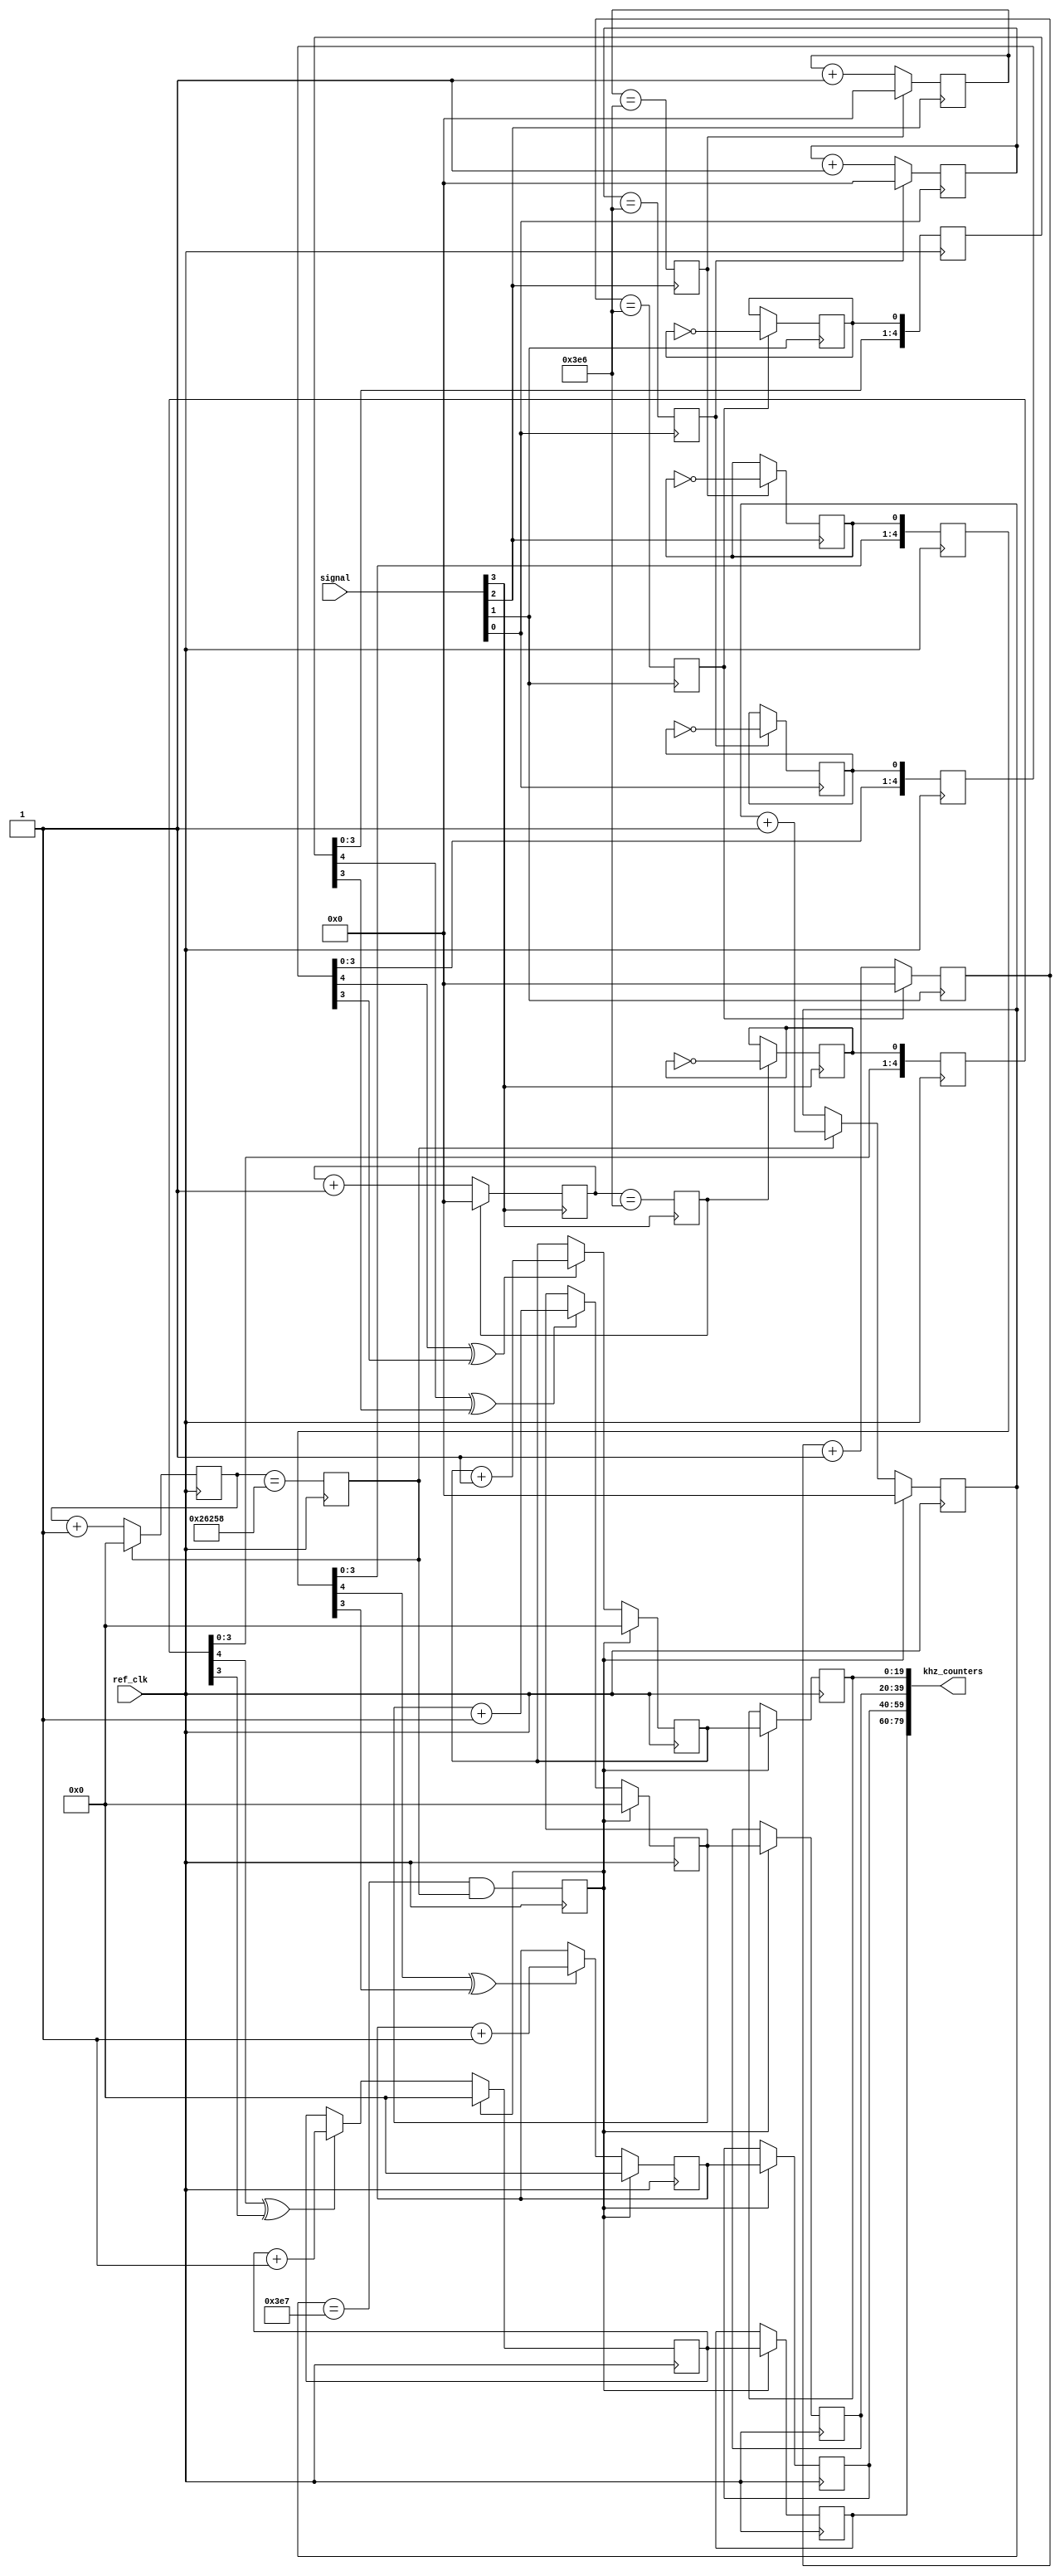
module frequency_monitor #(
	parameter NUM_SIGNALS = 4,
	parameter REF_KHZ = 20'd156250
)
(
	input [NUM_SIGNALS-1:0] signal,
	input ref_clk,
	output [20*NUM_SIGNALS-1:0] khz_counters
);

// Divide reference clock to make a 1 KHz pulse
reg [19:0] ref_cntr = 0;
reg ref_cntr_max = 1'b0;

always @(posedge ref_clk) begin
	ref_cntr_max <= (ref_cntr == (REF_KHZ-2)); 
	if (ref_cntr_max) ref_cntr <= 0;
	else ref_cntr <= ref_cntr + 1'b1;	
end

// Divide by 1000 to create a seconds pulse
reg [9:0] khz_cntr = 0;
reg khz_cntr_max = 1'b0;

always @(posedge ref_clk) begin
	khz_cntr_max <= (khz_cntr == 10'd999) && ref_cntr_max; 
	if (khz_cntr_max) khz_cntr <= 0;
	else if (ref_cntr_max) khz_cntr <= khz_cntr + 1'b1;	
end
wire one_second = khz_cntr_max;

genvar i;
generate 
	for (i=0; i<NUM_SIGNALS; i=i+1) begin : cn
		
		// scale the signal down from MHz range to KHz range
		reg [9:0] prescale = 0;
		reg prescale_max = 0;
		reg scaled_toggle = 0 /* synthesis preserve */
		/* synthesis ALTERA_ATTRIBUTE = "-name SDC_STATEMENT \\\\\\\\\\\\\\\\\\\\\\\\\\\\\\\\"set_false_path -from [get_keepers *frequency_monitor*scaled_toggle]\\\\\\\\\\\\\\\\\\\\\\\\\\\\\\\\" " */;

		always @(posedge signal[i]) begin
			prescale_max <= (prescale == 10'd998);
			if (prescale_max) prescale <= 0;
			else prescale <= prescale + 1'b1;
			if (prescale_max) scaled_toggle <= ~scaled_toggle;
		end
		
		// synchronize to reference domain
		reg [4:0] capture = 0 /* synthesis preserve */;
		always @(posedge ref_clk) begin
			capture <= {capture [3:0],scaled_toggle};
		end
		
		// tally KHz of signal activity over a 1s window
		reg [19:0] tally = 0,last_tally = 0;
		always @(posedge ref_clk) begin
			if (one_second) begin
				tally <= 0;
				last_tally <= tally;
			end
			else if (capture[4] ^ capture[3]) tally <= tally + 1'b1;
		end
		
		assign khz_counters[(i+1)*20-1:i*20] = last_tally;				
	end
endgenerate

endmodule